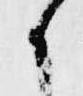
候